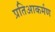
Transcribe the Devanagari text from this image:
प्रतिआकर्मण